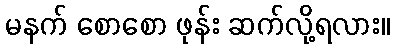
မနက် စောစော ဖုန်း ဆက်လို့ရလား။